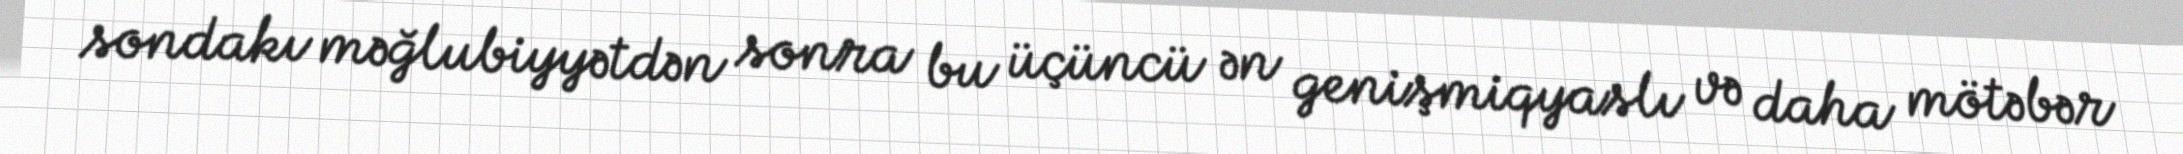
sondakı məğlubiyyətdən sonra bu üçüncü ən genişmiqyaslı və daha mötəbər